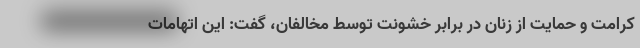
کرامت و حمایت از زنان در برابر خشونت توسط مخالفان، گفت: این اتهامات